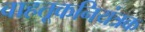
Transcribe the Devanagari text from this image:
वाहतूकनियंत्रक